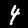
Digit: 4